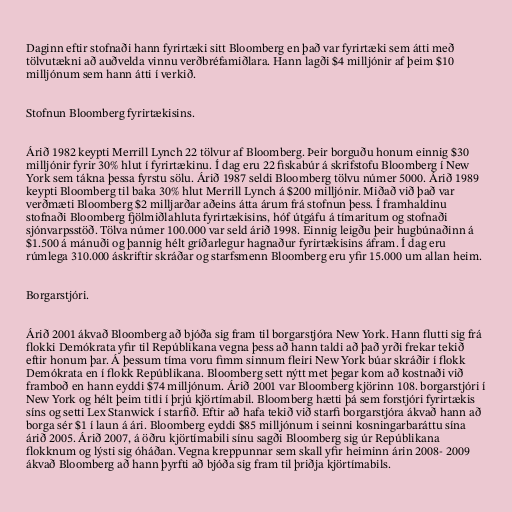
Daginn eftir stofnaði hann fyrirtæki sitt Bloomberg en það var fyrirtæki sem átti með
tölvutækni að auðvelda vinnu verðbréfamiðlara. Hann lagði $4 milljónir af þeim $10
milljónum sem hann átti í verkið.

Stofnun Bloomberg fyrirtækisins.

Árið 1982 keypti Merrill Lynch 22 tölvur af Bloomberg. Þeir borguðu honum einnig $30
milljónir fyrir 30% hlut í fyrirtækinu. Í dag eru 22 fiskabúr á skrifstofu Bloomberg í New
York sem tákna þessa fyrstu sölu. Árið 1987 seldi Bloomberg tölvu númer 5000. Árið 1989
keypti Bloomberg til baka 30% hlut Merrill Lynch á $200 milljónir. Miðað við það var
verðmæti Bloomberg $2 milljarðar aðeins átta árum frá stofnun þess. Í framhaldinu
stofnaði Bloomberg fjölmiðlahluta fyrirtækisins, hóf útgáfu á tímaritum og stofnaði
sjónvarpsstöð. Tölva númer 100.000 var seld árið 1998. Einnig leigðu þeir hugbúnaðinn á
$1.500 á mánuði og þannig hélt gríðarlegur hagnaður fyrirtækisins áfram. Í dag eru
rúmlega 310.000 áskriftir skráðar og starfsmenn Bloomberg eru yfir 15.000 um allan heim.

Borgarstjóri.

Árið 2001 ákvað Bloomberg að bjóða sig fram til borgarstjóra New York. Hann flutti sig frá
flokki Demókrata yfir til Repúblikana vegna þess að hann taldi að það yrði frekar tekið
eftir honum þar. Á þessum tíma voru fimm sinnum fleiri New York búar skráðir í flokk
Demókrata en í flokk Repúblikana. Bloomberg sett nýtt met þegar kom að kostnaði við
framboð en hann eyddi $74 milljónum. Árið 2001 var Bloomberg kjörinn 108. borgarstjóri í
New York og hélt þeim titli í þrjú kjörtímabil. Bloomberg hætti þá sem forstjóri fyrirtækis
síns og setti Lex Stanwick í starfið. Eftir að hafa tekið við starfi borgarstjóra ákvað hann að
borga sér $1 í laun á ári. Bloomberg eyddi $85 milljónum i seinni kosningarbaráttu sína
árið 2005. Árið 2007, á öðru kjörtímabili sínu sagði Bloomberg sig úr Repúblikana
flokknum og lýsti sig óháðan. Vegna kreppunnar sem skall yfir heiminn árin 2008- 2009
ákvað Bloomberg að hann þyrfti að bjóða sig fram til þriðja kjörtímabils.